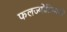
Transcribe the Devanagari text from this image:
फलज्योतिषांनी